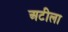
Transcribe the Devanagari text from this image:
अटीला